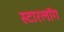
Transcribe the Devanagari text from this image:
स्टारलॉग